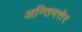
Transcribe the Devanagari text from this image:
अन्तिमत्तेर